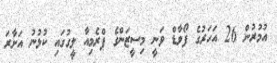
އުމުރުން 26 އަހަރުގެ ފޯވާޑް ވަނީ މިސީޒަންގެ ޕްރެމިއާ ލީގުގައި ކުޅުނު އަށާރަ